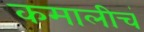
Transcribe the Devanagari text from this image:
कमालीचं